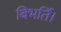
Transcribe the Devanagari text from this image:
बिभर्ति।